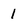
Character: 1